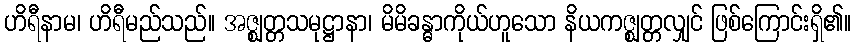
ဟိရီနာမ၊ ဟိရီမည်သည်။ အဇ္ဈတ္တသမုဋ္ဌာနာ၊ မိမိခန္ဓာကိုယ်ဟူသော နိယကဇ္ဈတ္တလျှင် ဖြစ်ကြောင်းရှိ၏။